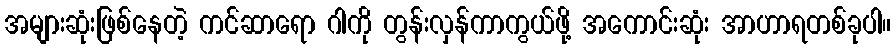
အများဆုံးဖြစ်နေတဲ့ ကင်ဆာရော ဂါကို တွန်းလှန်ကာကွယ်ဖို့ အကောင်းဆုံး အာဟာရတစ်ခုပါ။